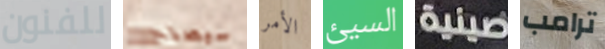
للفنون سيصلح الأمر السيئ صينية ترامب